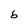
Character: b